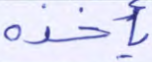
يأخذه